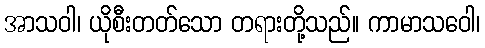
အာသဝါ၊ ယိုစီးတတ်သော တရားတို့သည်။ ကာမာသဝေါ၊